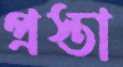
প্রস্তা